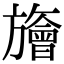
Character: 旝